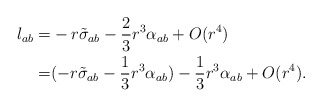
\begin{align*}l_{ab} =& -r \tilde \sigma_{ab} -\frac{2}{3}r^3\alpha_{ab}+ O(r^4)\\=& (-r \tilde \sigma_{ab} -\frac{1}{3}r^3\alpha_{ab}) - \frac{1}{3}r^3\alpha_{ab}+ O(r^4). \end{align*}